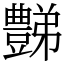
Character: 豑